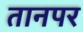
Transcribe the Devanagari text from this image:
तानपर